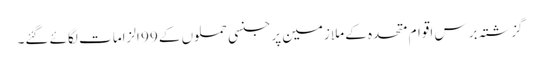
گزشتہ برس اقوام متحدہ کے ملازمین پر جنسی حملوں کے 99 الزامات لگائے گئے۔